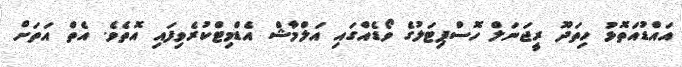
އައްޑުއަތޮޅު ހިތަދޫ ރީޖަނަލް ހޮސްޕިޓަލުގެ ވޯޑެއްގައި އަލްމާޝް އެޑްމިޓްކުރެވިފައި އޮތެވެ. އެތް އަތަށް